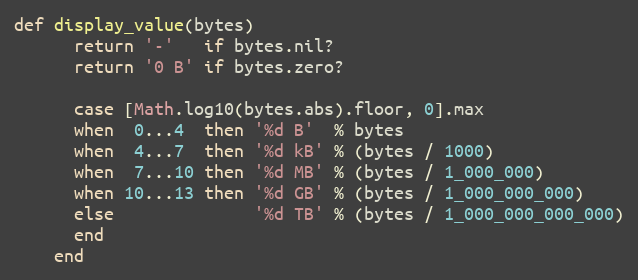
Language: Ruby
def display_value(bytes)
      return '-'   if bytes.nil?
      return '0 B' if bytes.zero?

      case [Math.log10(bytes.abs).floor, 0].max
      when  0...4  then '%d B'  % bytes
      when  4...7  then '%d kB' % (bytes / 1000)
      when  7...10 then '%d MB' % (bytes / 1_000_000)
      when 10...13 then '%d GB' % (bytes / 1_000_000_000)
      else              '%d TB' % (bytes / 1_000_000_000_000)
      end
    end